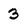
Character: 3